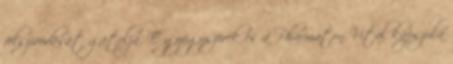
felszívódását gátolja. E gyógyszerek és a Pharmaton Vital kapszula